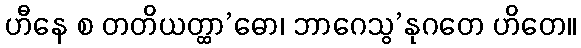
ဟီနေ စ တတိယတ္ထာ’ဓော၊ ဘာဂေသွ’နုဂတေ ဟိတေ။